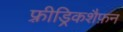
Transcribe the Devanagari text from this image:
फ़्रीड्रिकशैफ़न